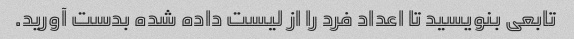
تابعی بنویسید تا اعداد فرد را از لیست داده شده بدست آورید.